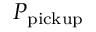
P _ { \mathrm { p i c k u p } }